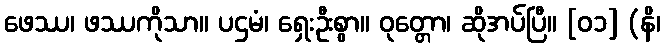
ဖေဿ၊ ဖဿကိုသာ။ ပဌမံ၊ ရှေးဦးစွာ။ ဝုတ္တော၊ ဆိုအပ်ပြီ။ [၀၁] (နိ၊